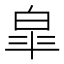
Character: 皐